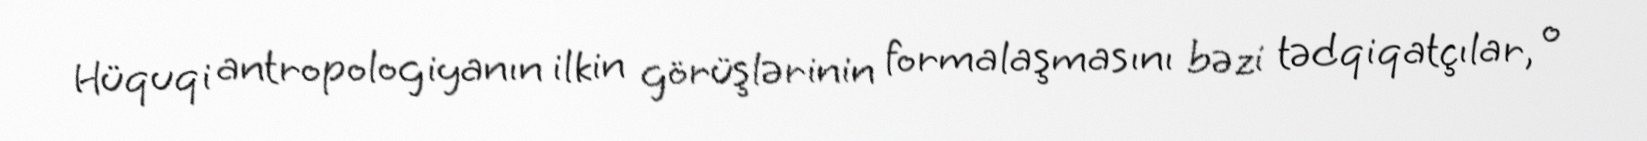
Hüquqi antropologiyanın ilkin görüşlərinin formalaşmasını bəzi tədqiqatçılar, o